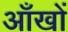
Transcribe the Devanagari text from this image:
अाँखों